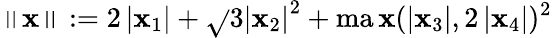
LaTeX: \left\| \mathbf{x}\right\| :=2\left|\mathbf{x}_{1}\right|+{\sqrt{}{{3\left|\mathbf{x}_{2}\right|^{2}+\operatorname*{ma\mathbf{x}}(\left|\mathbf{x}_{3}\right|,2\left|\mathbf{x}_{4}\right|)^{2}}}}